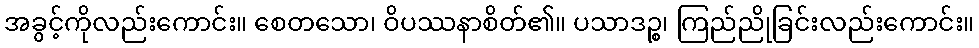
အခွင့်ကိုလည်းကောင်း။ စေတသော၊ ဝိပဿနာစိတ်၏။ ပသာဒဉ္စ၊ ကြည်ညိုခြင်းလည်းကောင်း။